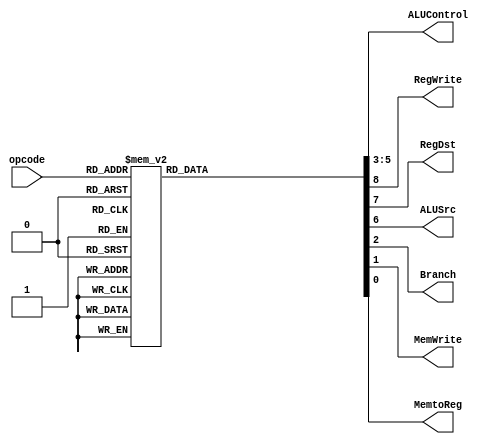
module Control(input [3:0] opcode,output  [2:0]ALUControl,output RegWrite,RegDst,ALUSrc,Branch,
MemWrite,MemtoReg
    );
	 
reg [8:0] combin;
assign {RegWrite,RegDst,ALUSrc,ALUControl,Branch,MemWrite,MemtoReg} = combin ;	 
	 always @(opcode)
	     case(opcode)
		    4'b0000: combin=9'b0_0000_0000;   //NOP
          4'b0001: combin=9'b1_1000_1000;   //ADD
          4'b0010: combin=9'b1_1001_0000;   //SUB
          4'b0011: combin=9'b1_1001_1000;   //AND
          4'b0100: combin=9'b1_1001_0000;   //OR
          4'b0101: combin=9'b1_0110_1000;   //LFT SHift
          4'b0110: combin=9'b1_0111_0000;   //RT Shift
          4'b0111: combin=9'b1_0100_1000;   //ADDI
          4'b1000: combin=9'b1_0101_0000;   //SUBI
          4'b1001: combin=9'b1_0100_1001;   //LD REG
          4'b1010: combin=9'b0_0100_1010;   //Store Reg
			 4'b1011: combin=9'b1_0100_1001;   //LD I
			 4'b1100: combin=9'b0_0100_1010;   //Store I
			 4'b1101: combin=9'b0_0001_0100;   //Jump
			 default: combin=9'b0_0000_0000;   //NOP
			 
		endcase
endmodule